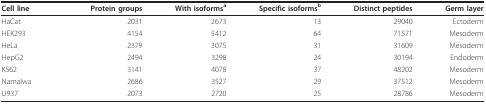
| Cell line | Protein groups | With isoformsa | Specific isoformsb | Distinct peptides | Germ layer |
 | --- | --- | --- | --- | --- | --- |
 | HaCat | 2031 | 2673 | 13 | 29040 | Ectoderm |
 | HEK293 | 4154 | 5412 | 64 | 71571 | Mesoderm |
 | HeLa | 2379 | 3075 | 31 | 31609 | Mesoderm |
 | HepG2 | 2494 | 3298 | 24 | 30194 | Endoderm |
 | K562 | 3141 | 4078 | 37 | 48202 | Mesoderm |
 | Namalwa | 2686 | 3527 | 29 | 37512 | Mesoderm |
 | U937 | 2073 | 2720 | 25 | 28786 | Mesoderm |